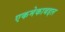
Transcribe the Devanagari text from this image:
एकमेकाबद्दल